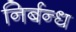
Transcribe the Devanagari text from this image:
निर्बन्ध